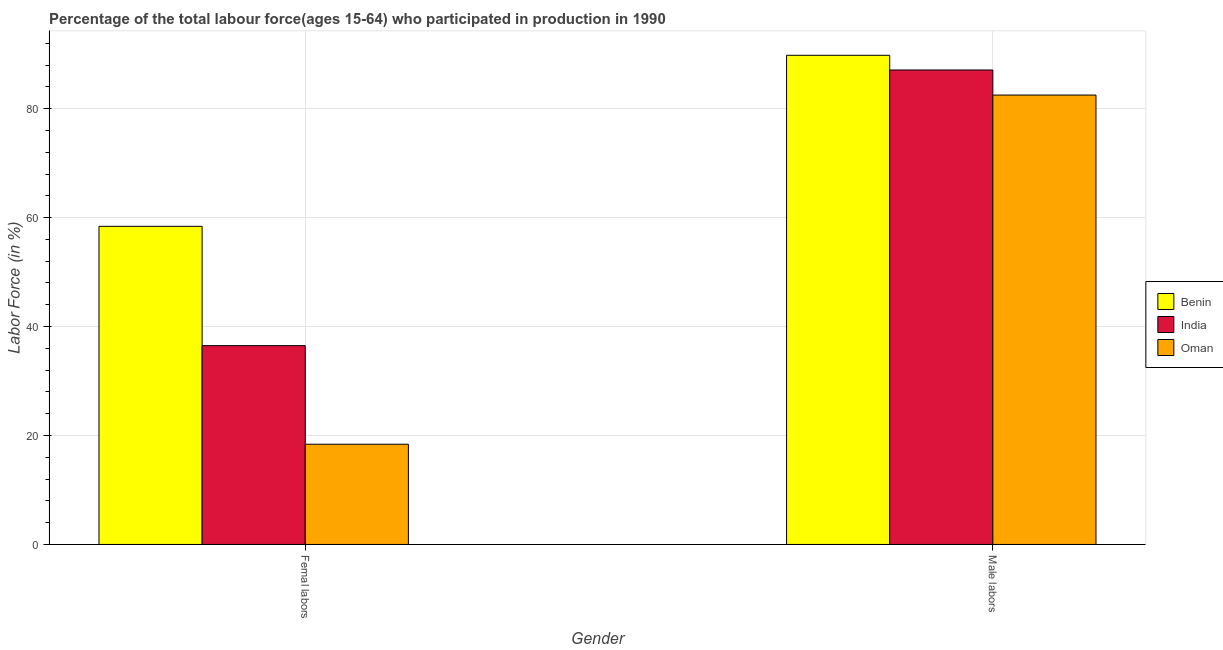
| Gender | Benin | India | Oman |
 | --- | --- | --- | --- |
 | Femal labors | 58.4 | 36.5 | 18.4 |
 | Male labors | 89.8 | 87.1 | 82.5 |